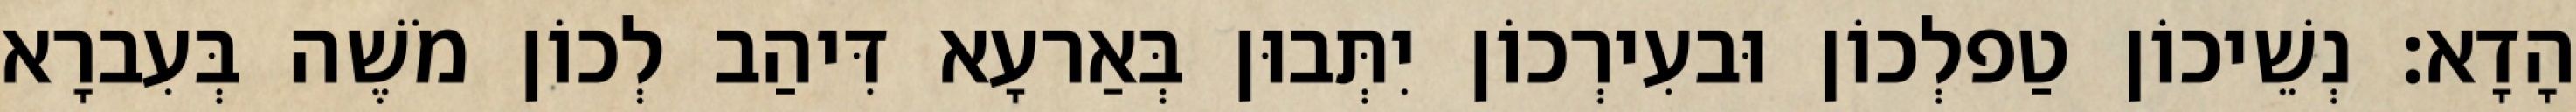
הָדָא׃ נְשֵׁיכוֹן טַפלְכוֹן וּבעִירְכוֹן יִתְּבוּן בְּאַרעָא דִּיהַב לְכוֹן מֹשֶׁה בְּעִברָא